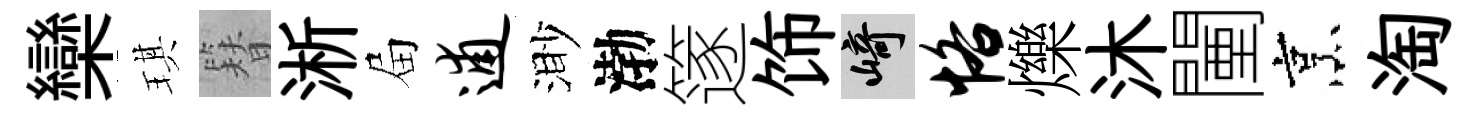
欒琪簪淅屇逋渺渤篴饰崎恪爍沐闉烹淘